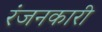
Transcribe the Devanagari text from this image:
रंजनकारी